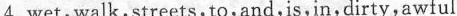
4.wet,walk,streets,to,and,is,in,dirty,awful